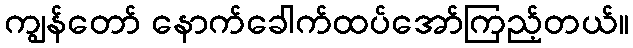
ကျွန်တော် နောက်ခေါက်ထပ်အော်ကြည့်တယ်။